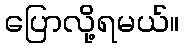
ပြောလို့ရမယ်။